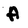
Character: A